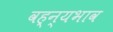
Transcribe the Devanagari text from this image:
वह्न्यभाव